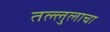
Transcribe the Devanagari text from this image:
तल्लुलाचा